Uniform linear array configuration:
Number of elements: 48
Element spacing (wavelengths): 1
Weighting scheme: cosine
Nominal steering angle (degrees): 60
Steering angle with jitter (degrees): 58.213
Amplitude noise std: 0.05
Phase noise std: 0.05

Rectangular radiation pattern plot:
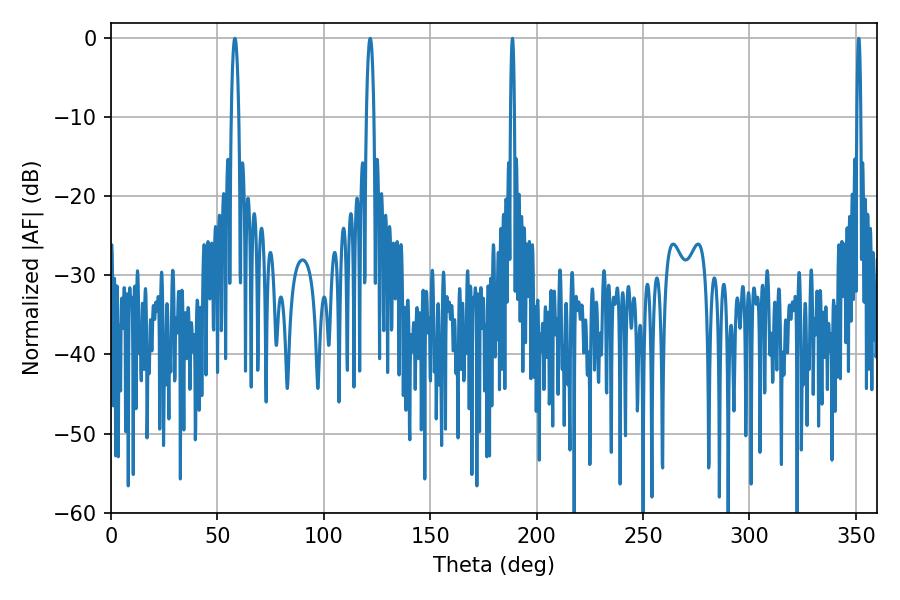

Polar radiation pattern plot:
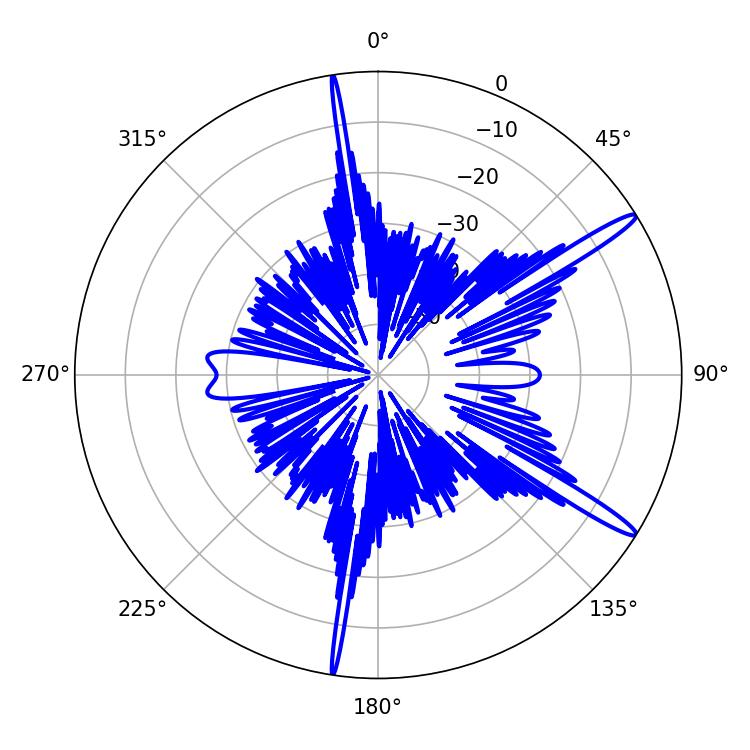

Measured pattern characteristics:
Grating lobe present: TRUE
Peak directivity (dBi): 15.177
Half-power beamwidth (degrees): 1.08
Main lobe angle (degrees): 351.36